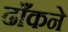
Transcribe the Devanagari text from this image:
ढाँकने